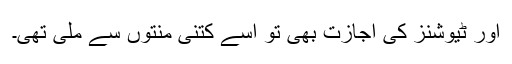
اور ٹیوشنز کی اجازت بھی تو اسے کتنی منتوں سے ملی تھی۔